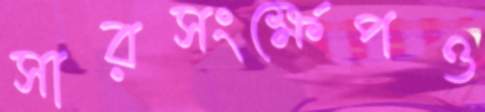
সারসংক্ষেপও